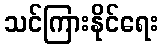
သင်ကြားနိုင်ရေး